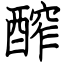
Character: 醡